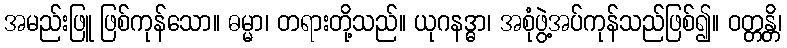
အမည်းဖြူ ဖြစ်ကုန်သော။ ဓမ္မာ၊ တရားတို့သည်။ ယုဂနဒ္ဓာ၊ အစုံဖွဲ့အပ်ကုန်သည်ဖြစ်၍။ ဝတ္တန္တိ၊